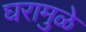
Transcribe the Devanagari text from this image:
घरामुळे